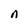
Character: n